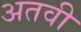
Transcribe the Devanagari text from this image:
अतवी